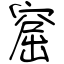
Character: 窟